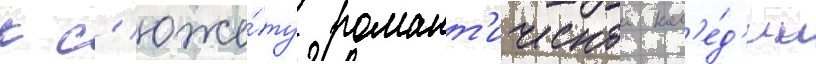
к с'юже́ту романт'ическои ком'е́д'ии